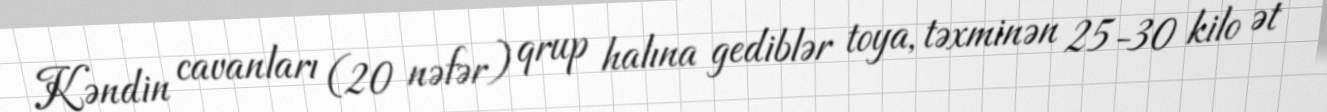
Kəndin cavanları (20 nəfər) qrup halına gediblər toya, təxminən 25-30 kilo ət